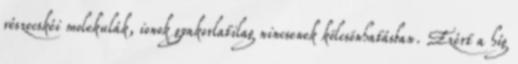
részecskéi molekulák, ionok gyakorlatilag nincsenek kölcsönhatásban. Ezért a híg